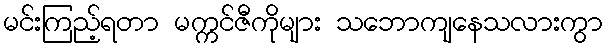
မင်းကြည့်ရတာ မက္ကင်ဇီကိုများ သဘောကျနေသလားကွာ